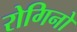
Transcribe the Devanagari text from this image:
रोगिनो